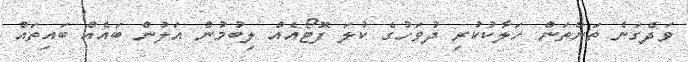
ވަދެގަނެ ތަންތަން ހަލާކުކުރި ދުވަހުގެ ކުލަ ފޮޓޯއެއް ލިބުމުން އަލުން ބައެއް ބައިތައް